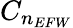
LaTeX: C_{n_{EFW}}